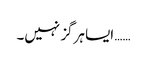
…… ایسا ہرگز نہیں۔